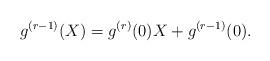
LaTeX: \begin{align*}g^{(r-1)}(X)= g^{(r)}(0)X + g^{(r-1)}(0). \end{align*}